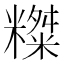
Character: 𥼨